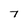
Character: 7